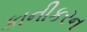
કાનીકરન